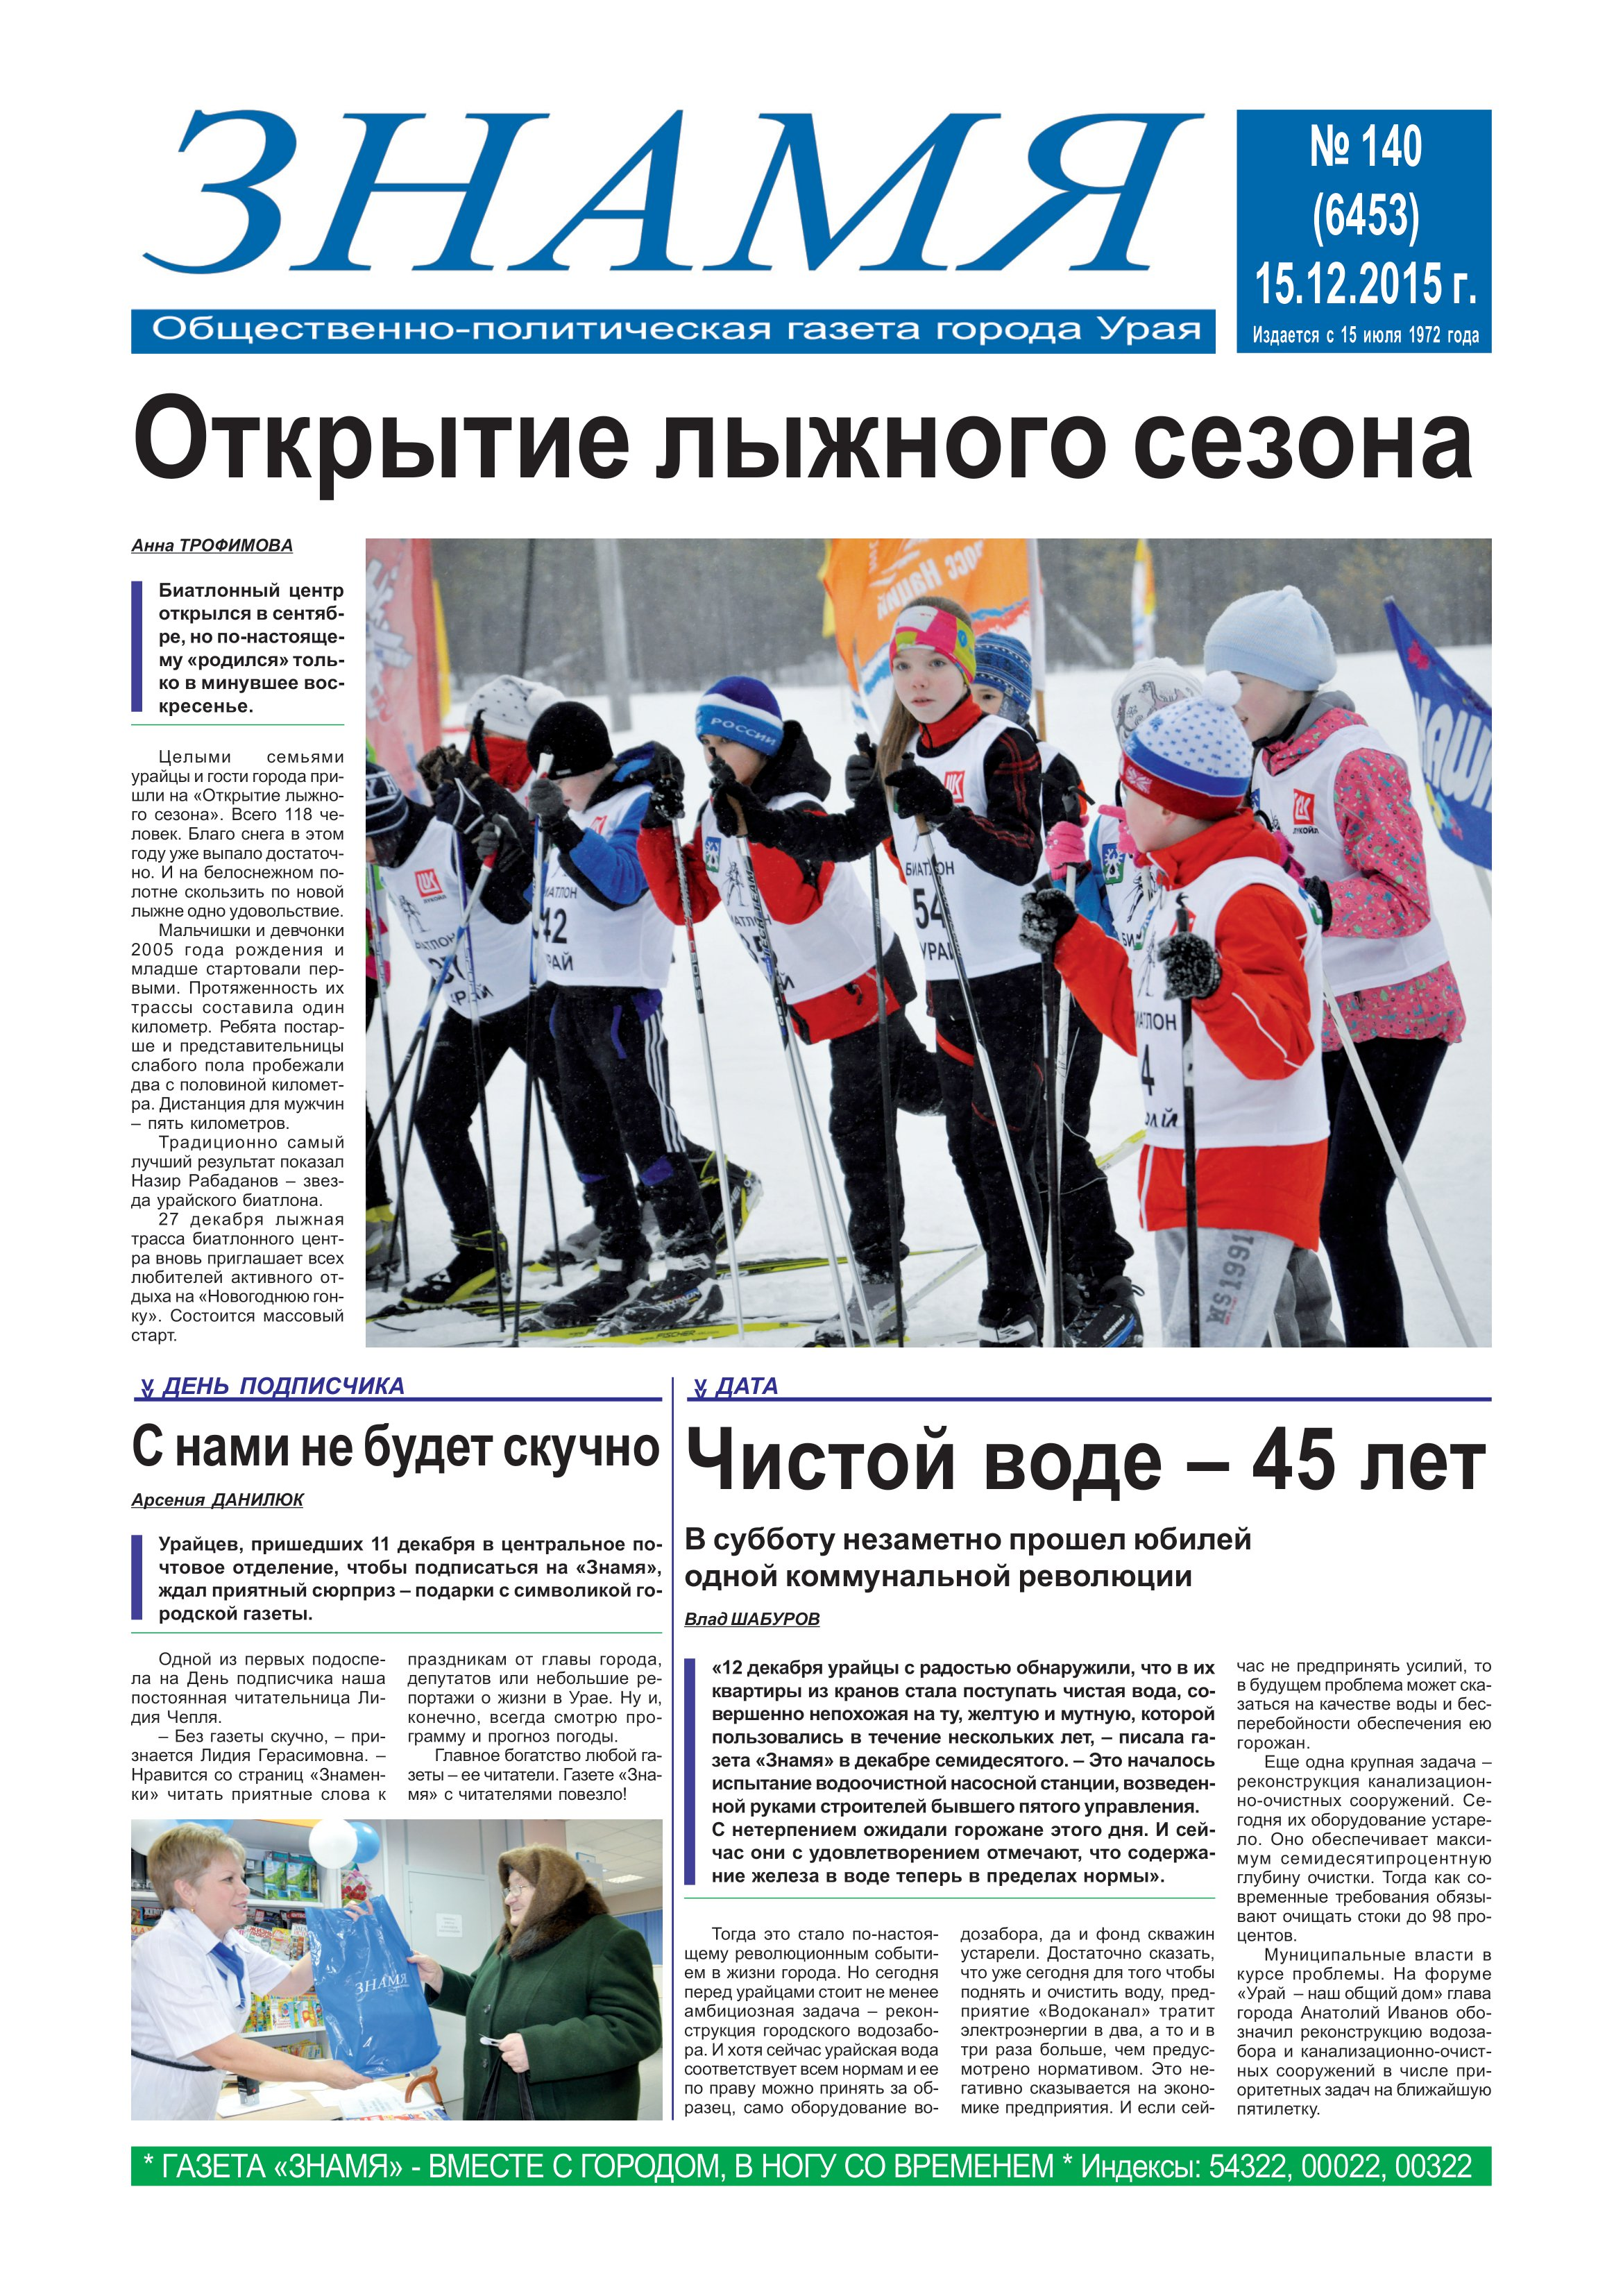
Language: ru